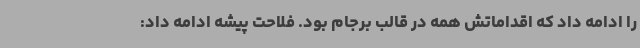
را ادامه داد که اقداماتش همه در قالب برجام بود. فلاحت پیشه ادامه داد: